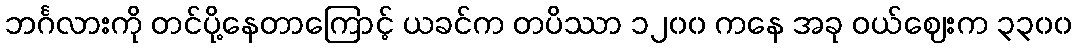
ဘင်္ဂလားကို တင်ပို့နေတာကြောင့် ယခင်က တပိဿာ ၁၂၀၀ ကနေ အခု ဝယ်ဈေးက ၃၃၀၀